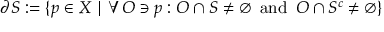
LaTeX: \partial S : = \{ p \in X \mid \forall O \ni p : O \cap S \neq \emptyset \, { \mathrm { ~ a n d ~ } } \, O \cap S ^ { c } \neq \emptyset \}